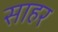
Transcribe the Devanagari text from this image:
साहर